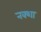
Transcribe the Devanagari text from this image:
नक्‍शा